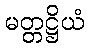
မတ္တဋ္ဌိယံ